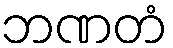
ဘဏတံ